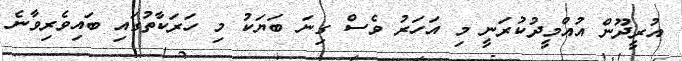
އުރީދޫން އުއްމީދުކުރަނީ މި އަހަރު ވެސް ގިނަ ބަޔަކު މި ހަރަކާތުގައި ބައިވެރިވާނެ